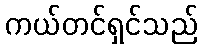
ကယ်တင်ရှင်သည်